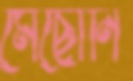
মেছোনি